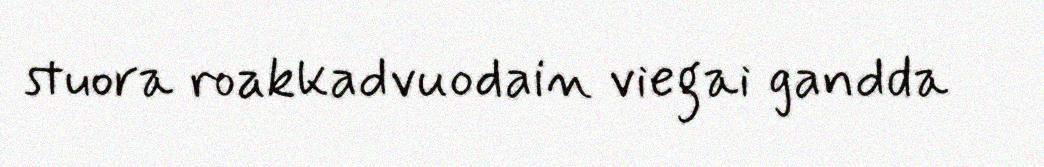
stuora roakkadvuodain viegai gandda